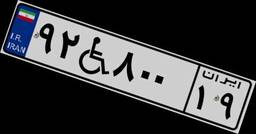
۹۲W۸۰۰۱۹